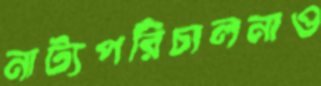
নাট্যপরিচালনাও